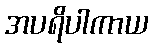
အပရိပါကာယ